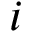
i